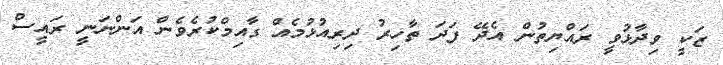
ޒަކީ ވިދާޅުވީ ރައްޔިތުން އެދޭ ފަދަ ތާހިރު ދިރިއުޅުމެއް ގާއިމްކުރެވެން އަންނަނީ ރައީސް